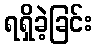
ရရှိခဲ့ခြင်း